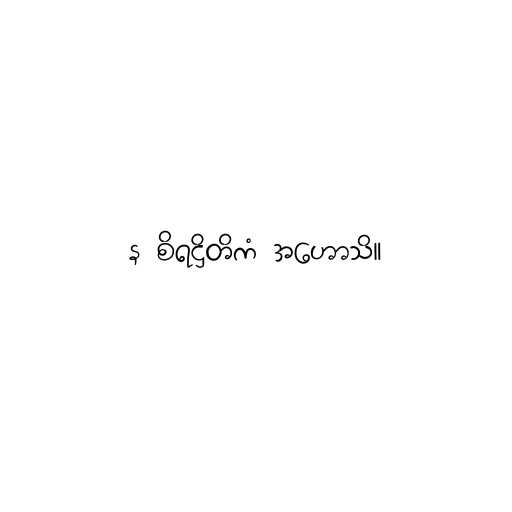
န စိရဋ္ဌိတိကံ အဟောသိ။